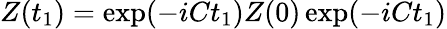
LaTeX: Z(t_{1})=\exp(-iCt_{1})Z(0)\exp(-iCt_{1})